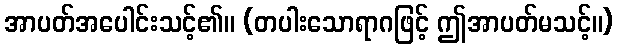
အာပတ်အပေါင်းသင့်၏။ (တပါးသောရာဂဖြင့် ဤအာပတ်မသင့်။)